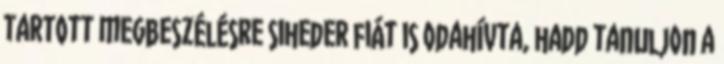
tartott megbeszélésre siheder fiát is odahívta, hadd tanuljon a